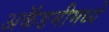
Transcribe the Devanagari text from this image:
अकॅडमीमध्ये